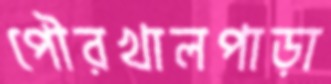
পৌরখালপাড়া